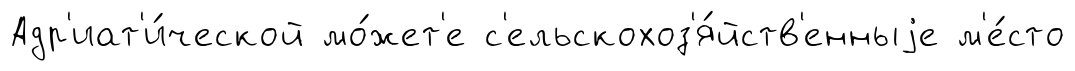
Адр'иат'и́ческой мо́жет'е с'ельскохоз'я́йств'енныjе м'е́сто